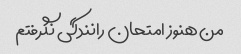
من هنوز امتحان رانندگی نگرفتم